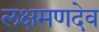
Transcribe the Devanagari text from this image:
लक्षमणदेव